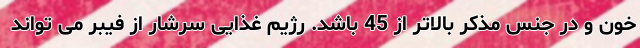
خون و در جنس مذکر بالاتر از 45 باشد. رژیم غذایی سرشار از فیبر می تواند